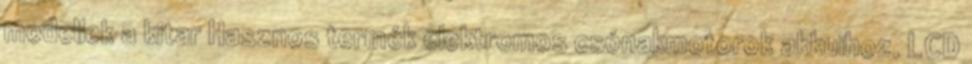
modellek a kitar Hasznos termék elektromos csónakmotorok akkuihoz. LCD